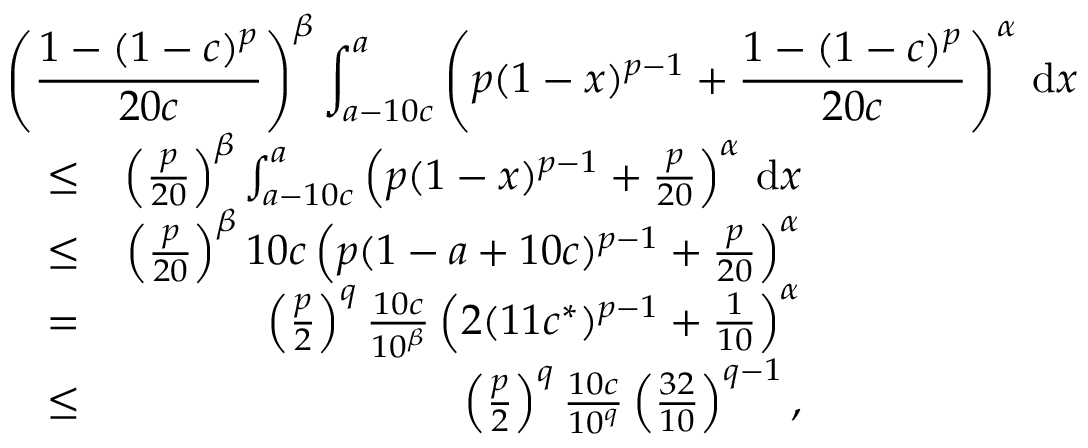
\begin{array} { r l r } { \lefteqn { \left( \frac { 1 - ( 1 - c ) ^ { p } } { 2 0 c } \right) ^ { \beta } \int _ { a - 1 0 c } ^ { a } \left( p ( 1 - x ) ^ { p - 1 } + \frac { 1 - ( 1 - c ) ^ { p } } { 2 0 c } \right) ^ { \alpha } \, \mathrm { d } x } } \\ & { \le } & { \left( \frac { p } { 2 0 } \right) ^ { \beta } \int _ { a - 1 0 c } ^ { a } \left( p ( 1 - x ) ^ { p - 1 } + \frac { p } { 2 0 } \right) ^ { \alpha } \, \mathrm { d } x } \\ & { \le } & { \left( \frac { p } { 2 0 } \right) ^ { \beta } 1 0 c \left( p ( 1 - a + 1 0 c ) ^ { p - 1 } + \frac { p } { 2 0 } \right) ^ { \alpha } } \\ & { = } & { \left( \frac { p } { 2 } \right) ^ { q } \frac { 1 0 c } { 1 0 ^ { \beta } } \left( 2 ( 1 1 c ^ { * } ) ^ { p - 1 } + \frac { 1 } { 1 0 } \right) ^ { \alpha } } \\ & { \le } & { \left( \frac { p } { 2 } \right) ^ { q } \frac { 1 0 c } { 1 0 ^ { q } } \left( \frac { 3 2 } { 1 0 } \right) ^ { q - 1 } , } \end{array}